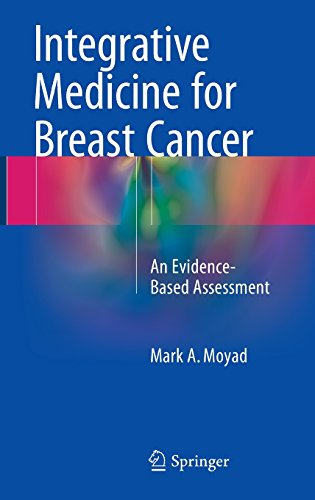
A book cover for Integrative Medicine for Breast Cancer: An Evidence-Based Assessment; Mark A. Moyad  MD  MPH; Health, Fitness & Dieting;